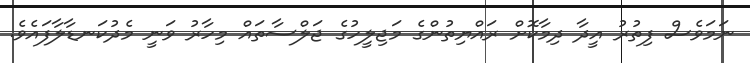
ނަމަވެސް ފިތުރު އީދާ ދިމާކޮށް ރައްޔިތުންގެ މަޖިލީހުގެ ޖަލްސާތައް މިހާރު ވަނީ މެދުކަނޑާލާފައެވެ.